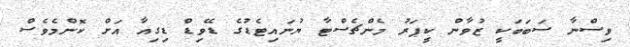
ވިސްނާ ސަބަބަކީ ޒުވާން ކީޕަރު މެންޗެސްޓާ ޔުނައިޓެޑުގެ ޑޭވިޑް ޑިގިއާ އަށް ކޮންމެވެސް